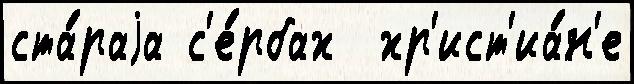
ста́раjа с'е́рбах  хр'ист'иа́н'е